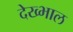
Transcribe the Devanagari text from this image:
देख्भाल